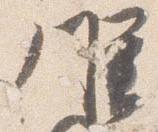
候